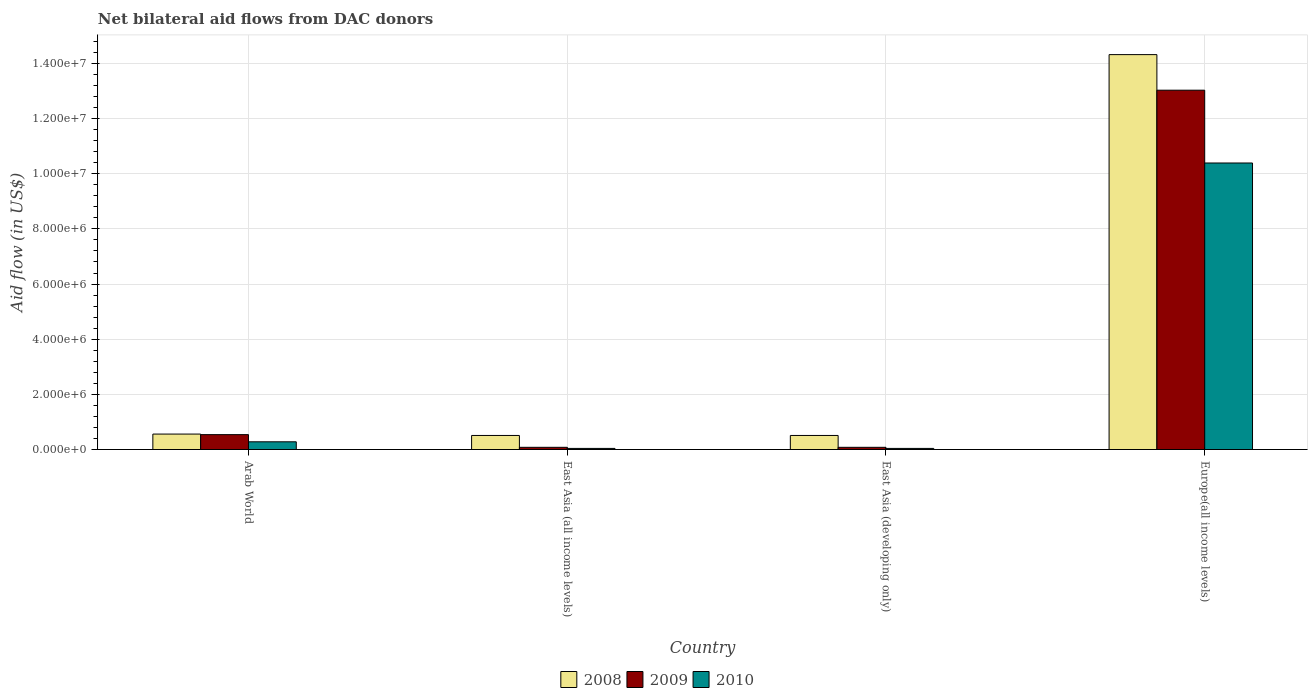
| Country | 2008 | 2009 | 2010 |
 | --- | --- | --- | --- |
 | Arab World | 5.6e+05 | 5.4e+05 | 2.8e+05 |
 | East Asia (all income levels) | 5.1e+05 | 8e+04 | 4e+04 |
 | East Asia (developing only) | 5.1e+05 | 8e+04 | 4e+04 |
 | Europe(all income levels) | 1.43e+07 | 1.3e+07 | 1.04e+07 |